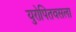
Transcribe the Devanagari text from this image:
युरोपितवसला